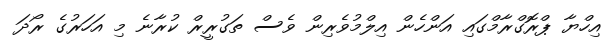
އިހްޔާ ޕްރޮގްރާމްގައި އަންހެން އިލްމުވެރިން ވެސް ތަގުރީރް ކުރާނެ މި އަހަރުގެ ރޯދަ